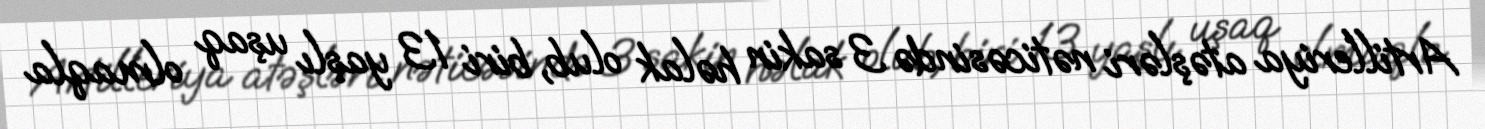
Artilleriya atəşləri nəticəsində 3 sakin həlak olub, biri 13 yaşlı uşaq olmaqla